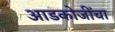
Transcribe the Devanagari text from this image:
आडकोजींचा